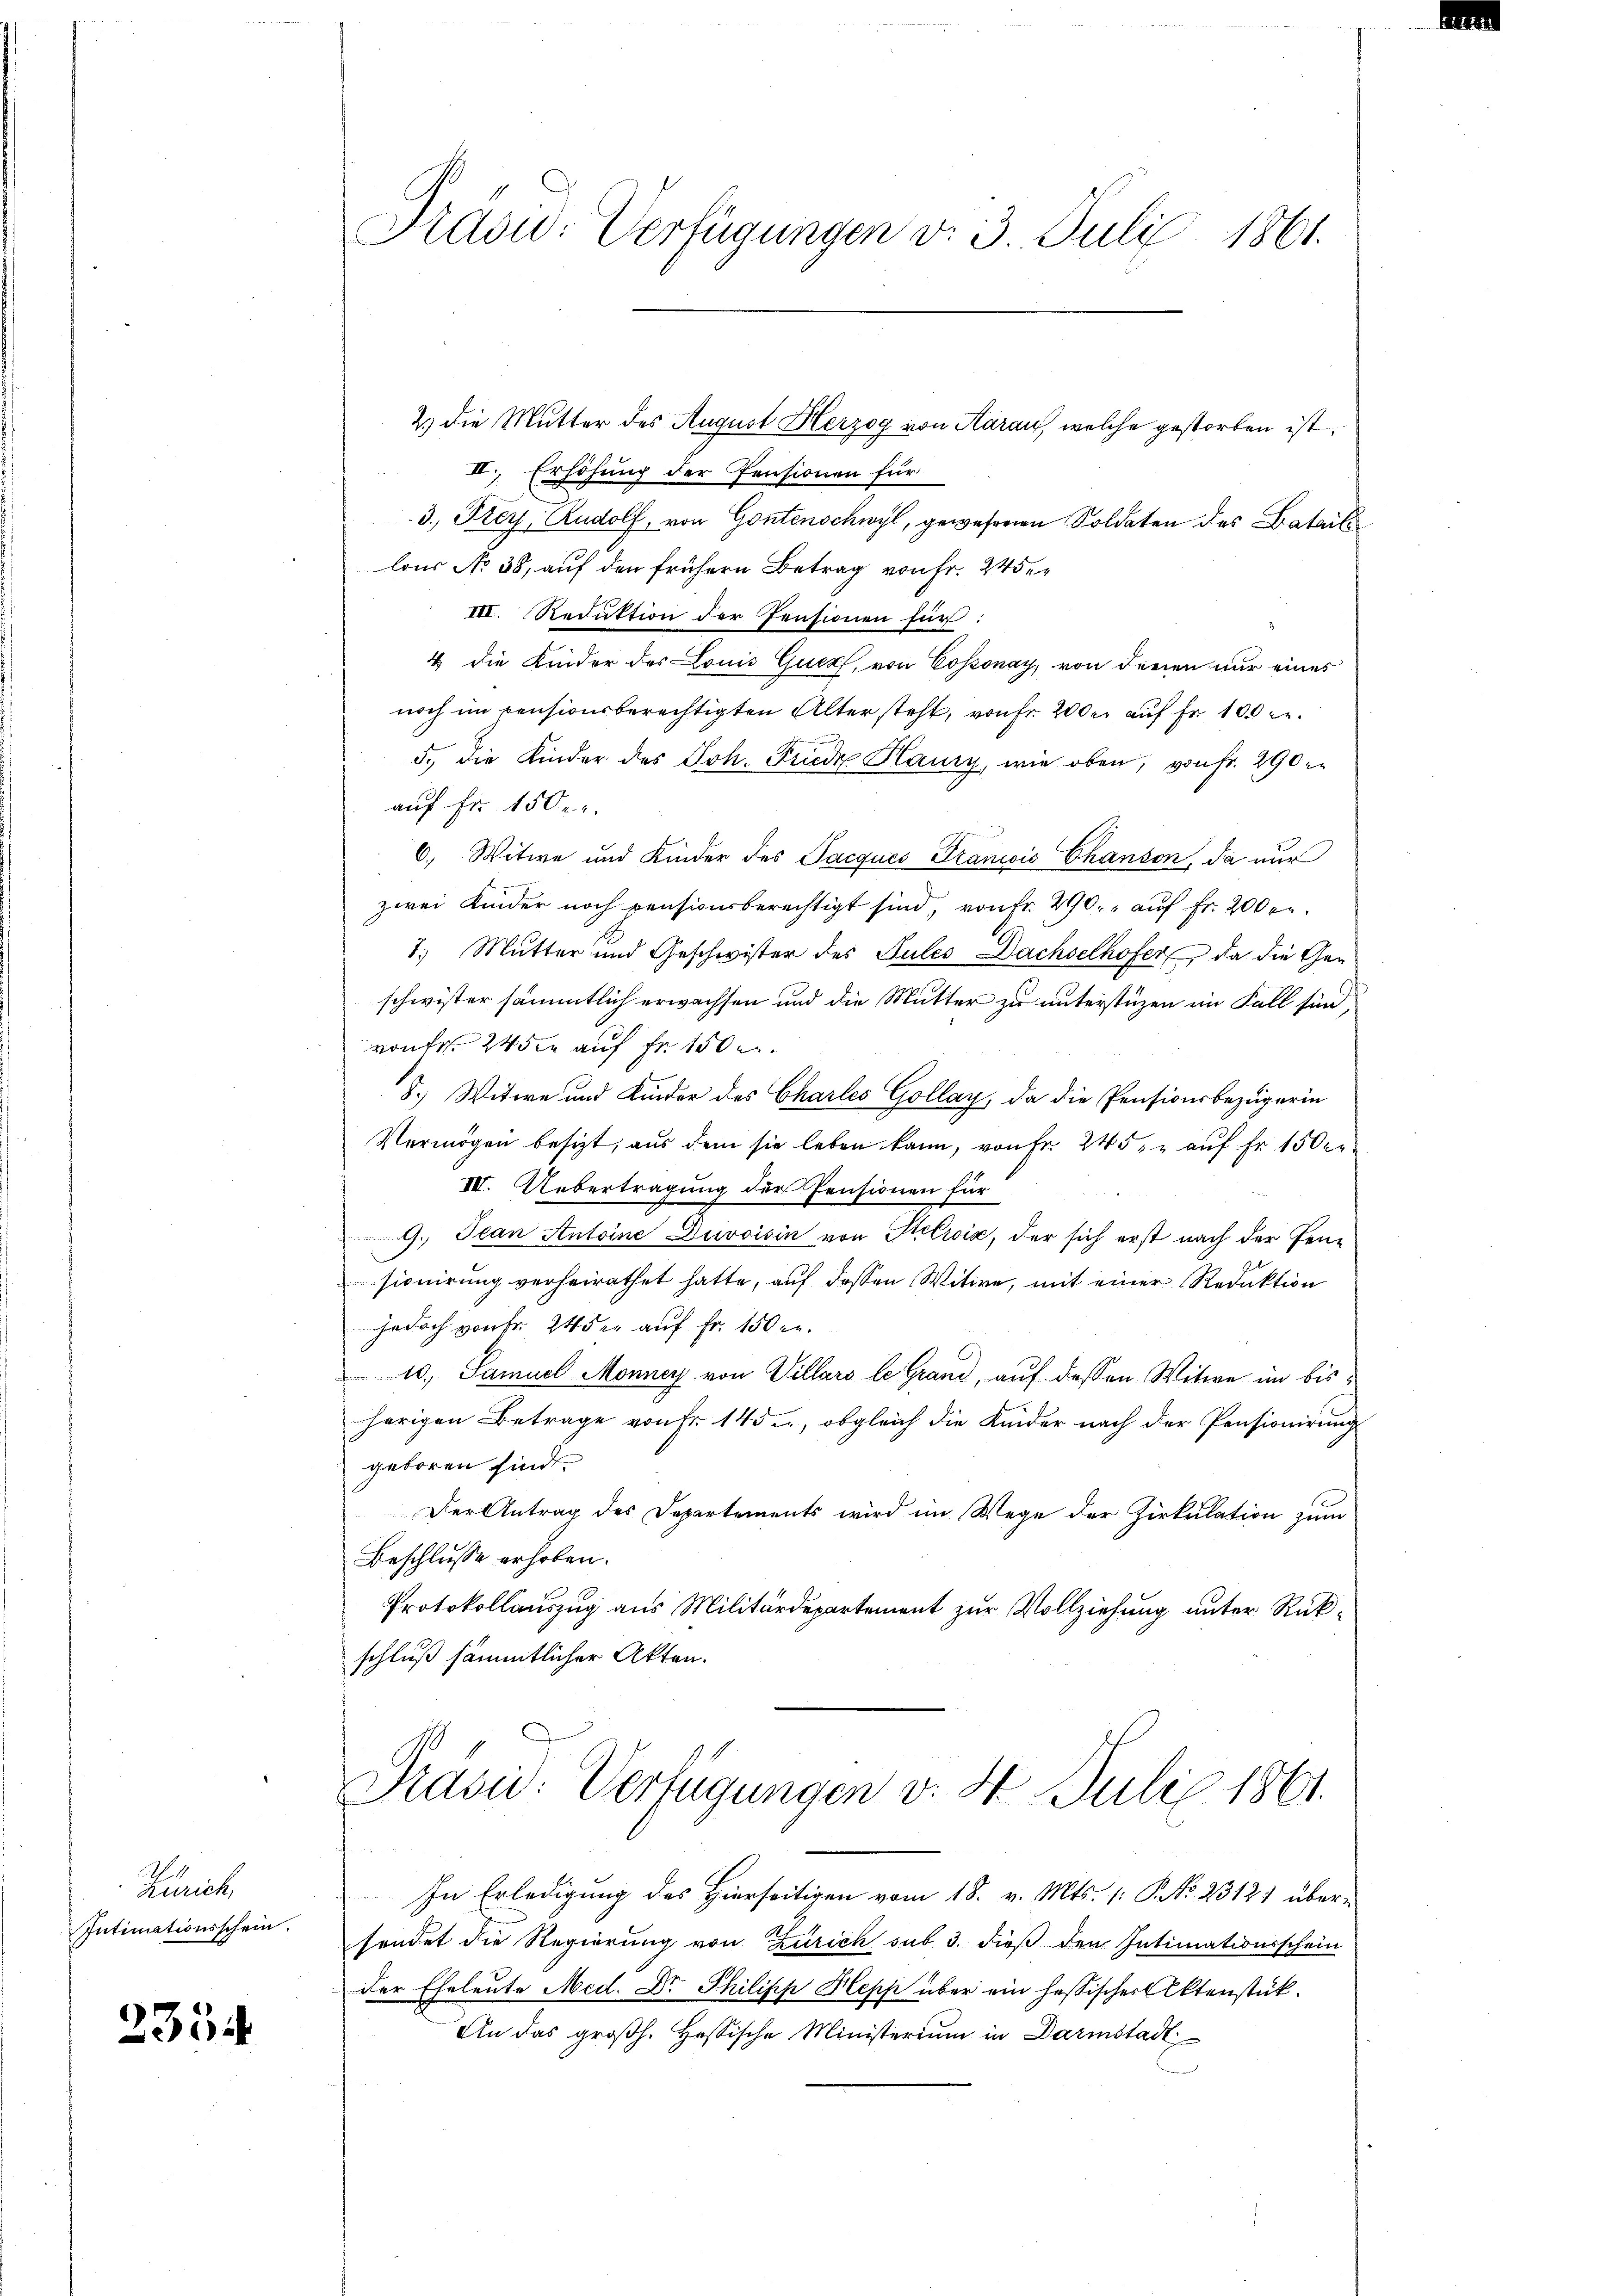
Zürich,
Intimationsschein.

2354

Präsid: Verfügungen v. 3. Juli 1861.

2.) die Mutter des August Herzog von Aarau, welche gestorben ist,
II., Erhöhung der Pensionen für
3., Frey, Rudolf, von Gontenschwyl, gewesenen Soldaten des Batails
lons No 38, auf den frühern Betrag von Fr. 24 der
III. Reduktion der Pensionen für:
4 die Kinder des Louis Quer, von Cossonay, von denen nur eines
noch im censionsberechtigten Altersteht, von Fr. 200 er auf Fr. 100 l.
5., die Kinder des Joh. Friede Haury, wie oben, von Fr. 290 e
auf Fr. 150 r.
6., Witwe und Kinder des Jacques Traniis Chanson, da nur
zwei Kinder noch pensionsberechtigt sind, von Fr. 290. - auf Fr. 200fr.
1.) Mutter und Geschwister des Pules Dachselhofer, da die Gen
schwister sämmtlich erwachsen und die Mutter zu unterstüzen im Fall sind
von Fr. 245 auf Fr. 150
8.) Witwe und Kinder des Charles Gollay, da die Pensionsbezügerin
Vermögen besizt, aus dem sie leben kann, von Fr. 245. " auf Fr. 150 er¬
IV. Uebertragung der Pensionen für
9. Jean Antoine Duvoisin von Perić, der sich erst nach der Pensionirung verheirathet hatte, auf dessen Witwe, mit einer Redaktion
jedoch von Fr. 24 der auf Fr. 150 r.
10., Samuel Monney von Villars le Grand, auf dessen Witwe im bisherigen Betrage von Fr. 145 u, obgleich die Kinder nach der Pensionirung
geboren sind.
Der Antrag des Departements wird im Wege der Zirkulation zum
Beschlusse erhoben.
Protokollauszug aus Militärdepartement zur Vollziehung unter Rükschluß sämmtlicher Akten.
Präsid: Verfügungen v. 4. Juli 1861.
In Erledigung des Hierseitigen vom 18. v. Mts. 1. P. NNo. 2312) übersendet die Regierung von Zürich sub 3. dieß den Intimationsschein
der Eheleute Med. Dr Philisch Hopp über ein hessischer Aktenstück.
An das groβh. Hastische Ministerium in Darmstadt